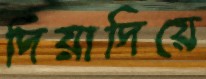
দিয়াদিয়ে